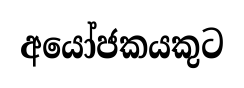
අයෝජකයකුට